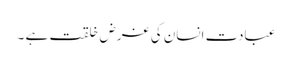
عبادت انسان کی غرض خلقت ہے ۔